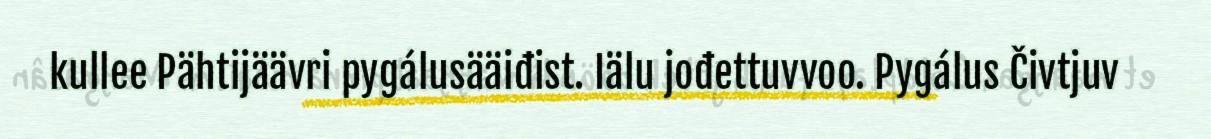
kullee Pähtijäävri pygálusääiđist. Iälu jođettuvvoo. Pygálus Čivtjuv